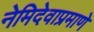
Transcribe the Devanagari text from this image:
नेमिदेवाप्रमाणे